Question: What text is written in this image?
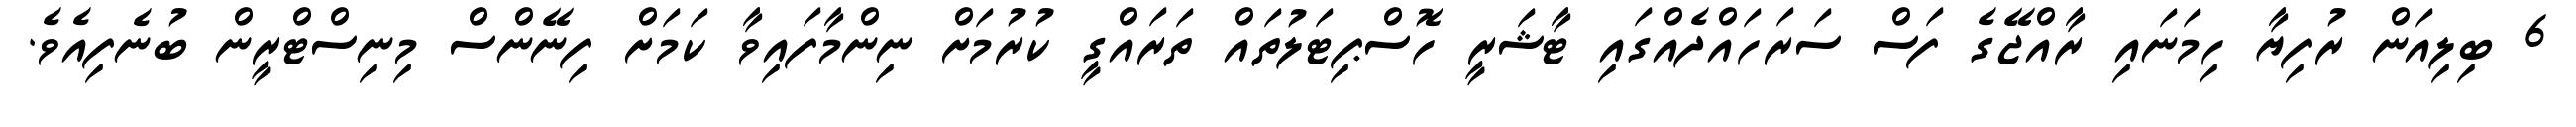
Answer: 6 ބިލިއަން ރުފިޔާ ހިމަނައި ރާއްޖޭގެ ފަސް ސަރަހައްދެއްގައި ޓާޝަރީ ހޮސްޕިޓަލުތައް ތަރައްގީ ކުރުމަށް ނިންމާފައިވާ ކަމަށް ފިނޭންސް މިނިސްޓްރީން ބުނެފިއެވެ.